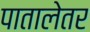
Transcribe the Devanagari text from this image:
पातालेतर